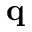
\textbf { q }